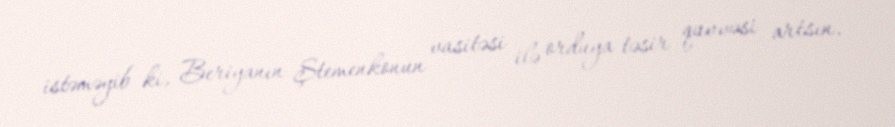
istəməyib ki, Beriyanın Ştemenkonun vasitəsi ilə orduya təsir qüvvəsi artsın.